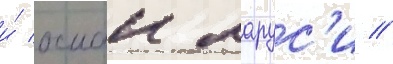
и́ осман ларус'и //